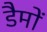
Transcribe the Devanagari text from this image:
डैमों